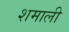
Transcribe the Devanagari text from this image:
शमाली